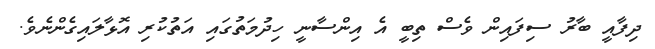
ދިފާއީ ބާރު ސިފައިން ވެސް ތިބީ އެ އިންސާނީ ހިދުމަތުގައި އަތުކުރި އޮޅާލައިގެންނެވެ.